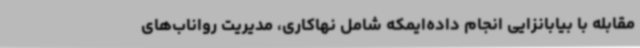
مقابله با بیابانزایی انجام داده‌ایمکه شامل نهاکاری، مدیریت رواناب‌های